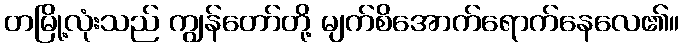
တမြို့လုံးသည် ကျွန်တော်တို့ မျက်စိအောက်ရောက်နေလေ၏။